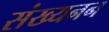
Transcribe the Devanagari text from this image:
संख्यनन